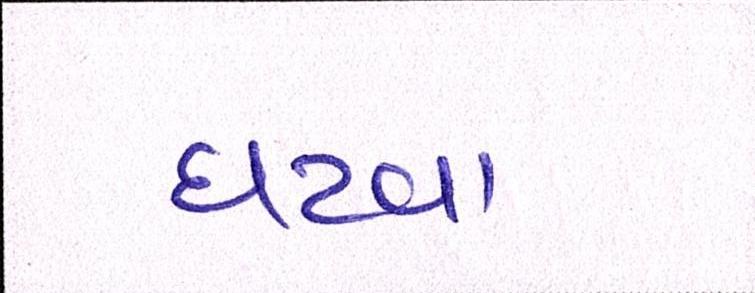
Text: ઘટવા